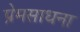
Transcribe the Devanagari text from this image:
प्रेमसाधना